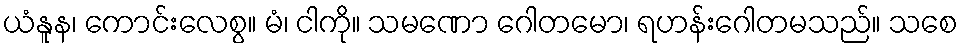
ယံနူန၊ ကောင်းလေစွ။ မံ၊ ငါကို။ သမဏော ဂေါတမော၊ ရဟန်းဂေါတမသည်။ သစေ